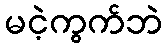
မငဲ့ကွက်ဘဲ